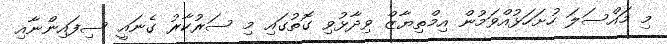
މި މައްސަލަ ހުށަހަޅުއްވަމުން އިމްތިޔާޒް ވިދާޅުވި ގޮތުގައި މި ސަރުކާރު ގެނައީ ސިފައިންނާއި